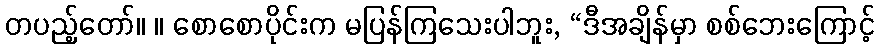
တပည့်တော်။ ။ စောစောပိုင်းက မပြန်ကြသေးပါဘူး, “ဒီအချိန်မှာ စစ်ဘေးကြောင့်